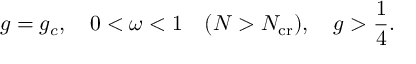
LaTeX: g = g _ { c } , \quad 0 < \omega < 1 \quad ( N > N _ { \mathrm { c r } } ) , \quad g > \frac { 1 } { 4 } .